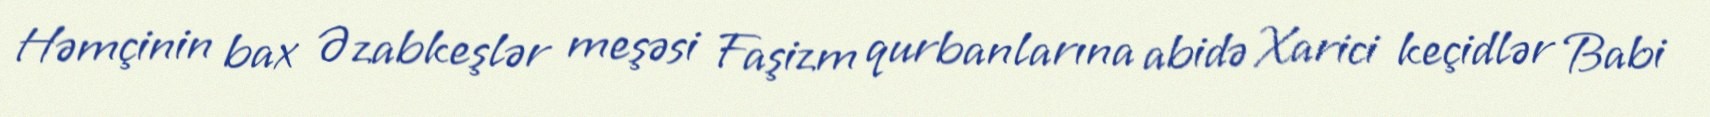
Həmçinin bax Əzabkeşlər meşəsi Faşizm qurbanlarına abidə Xarici keçidlər Babi